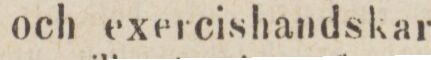
och exercishandskar